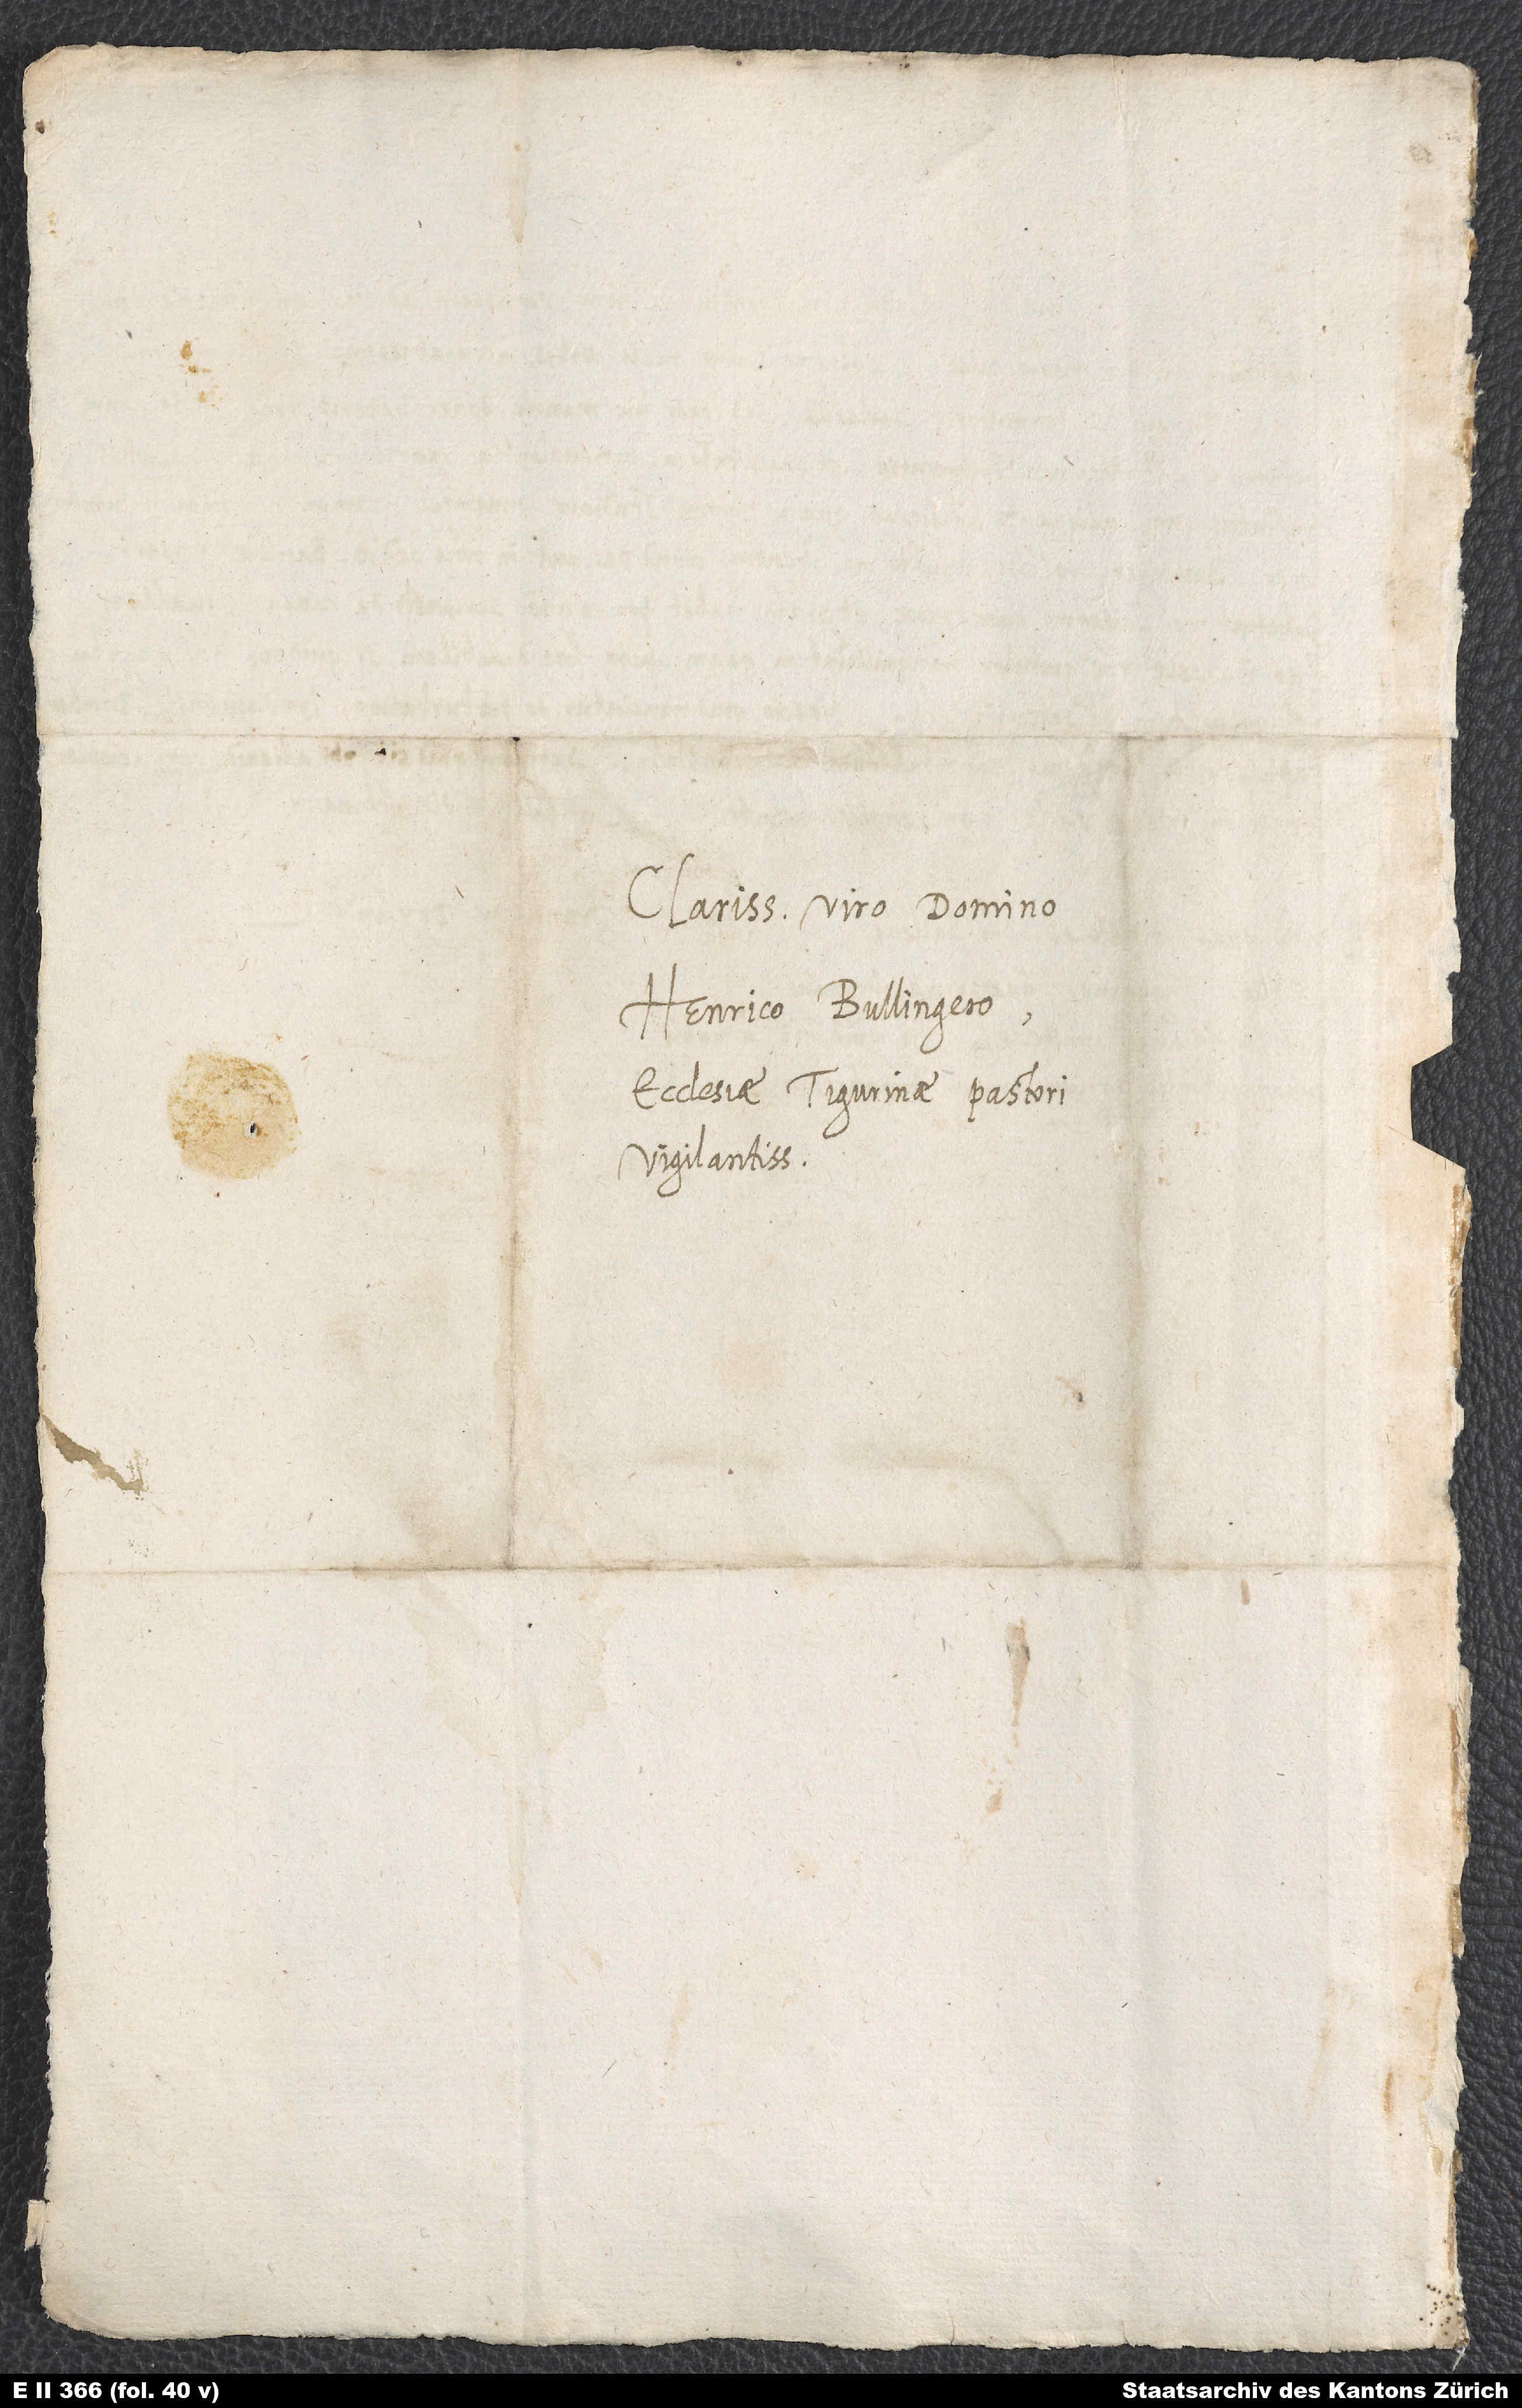
Clarissimo viro domino
Henrico Bullingero,
ecclesiae Tigurinae pastori
vigilantissimo.